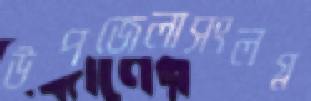
উপজেলাসংলগ্ন